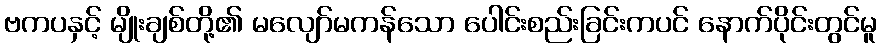
ဗကပနှင့် မျိုးချစ်တို့၏ မလျော်မကန်သော ပေါင်းစည်းခြင်းကပင် နောက်ပိုင်းတွင်မူ